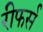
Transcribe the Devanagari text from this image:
रीफर्स